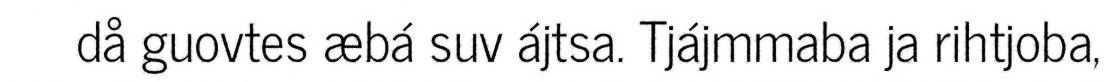
då guovtes æbá suv ájtsa. Tjájmmaba ja rihtjoba,